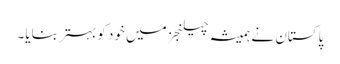
پاکستان نے ہمیشہ چیلنجز میں خود کو بہتر بنایا۔